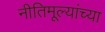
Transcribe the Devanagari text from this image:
नीतिमूल्यांच्या